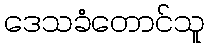
ဒေသခံတောင်သူ